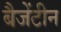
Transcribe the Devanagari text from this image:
बैजेंटीन